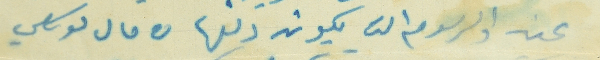
عين والرسوم التي يكون دفعها من مال موكلي